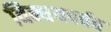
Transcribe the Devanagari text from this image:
विन्धयपर्वत